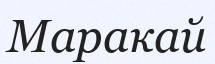
Маракай